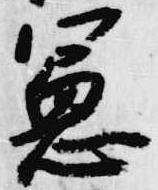
憲